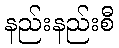
နည်းနည်းစီ